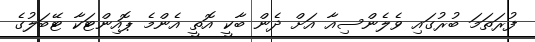
ފުރަތަމަ ބުރުގައި ވެލެންސިއާ އަށް ދެން ބާކީ އޮތީ އެންމެ ޕޮއިންޓަކާ ޓޭބަލުގެ